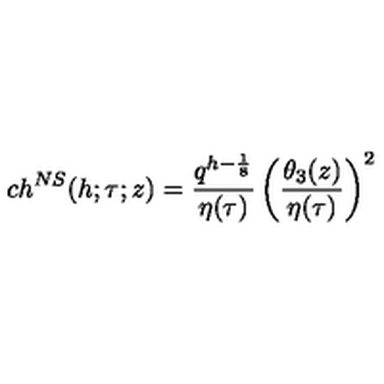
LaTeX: c h ^ { N S } ( h ; \tau ; z ) = { \frac { q ^ { h - { \frac { 1 } { 8 } } } } { \eta ( \tau ) } } \left( { \frac { \theta _ { 3 } ( z ) } { \eta ( \tau ) } } \right) ^ { 2 }